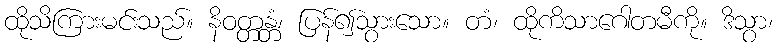
ထိုသိကြားမင်းသည်။ နိဝတ္တန္တံ၊ ပြန်၍သွားသော။ တံ၊ ထိုကိသာဂေါတမီကို။ ဒိသွာ၊